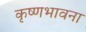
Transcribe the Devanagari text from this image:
कृष्णभावना